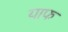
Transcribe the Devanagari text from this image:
याफ